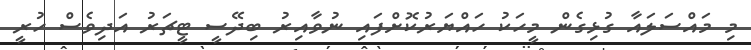
މި މައްސަލައާ ގުޅިގެން މީހަކު ހައްޔަރުކޮށްފައި ނުވާއިރު ބިދޭސީ ޓީޗަރު އަދިވެސް ހުރީ